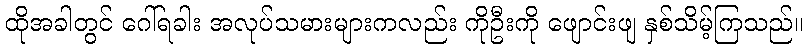
ထိုအခါတွင် ဂေါ်ရခါး အလုပ်သမားများကလည်း ကိုဦးကို ဖျောင်းဖျ နှစ်သိမ့်ကြသည်။